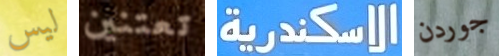
ليس تعتنين الاسكندرية جوردن